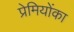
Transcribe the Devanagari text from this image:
प्रेमियोंका